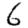
Digit: 6